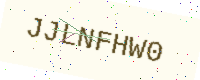
Text: JJLNFHW0